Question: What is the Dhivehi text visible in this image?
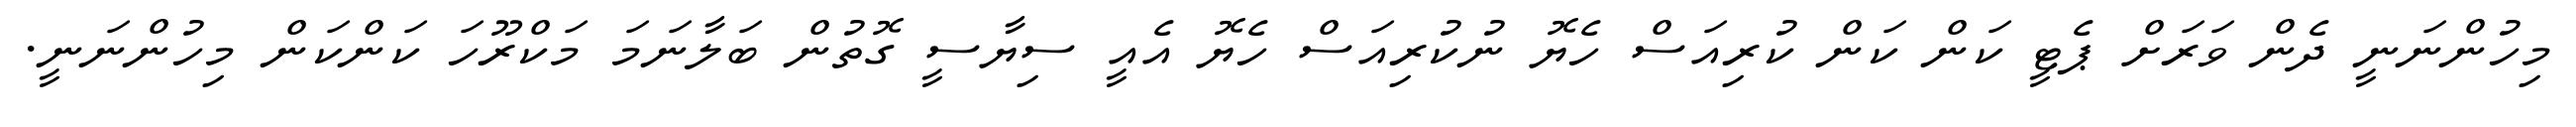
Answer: މިހުންނަނީ ދެން ވަރަށް ޕެޓީ ކަން ކަން ކުރިއަސް ހެޔޮ ނުކުރިއަސް ހެޔޮ އެއީ ސިޔާސީ ގޮތުން ބަލާނަމަ މަކްރޫހަ ކަންކަން މިހުންނަނީ.